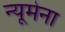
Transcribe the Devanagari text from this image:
न्यूमेना